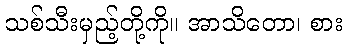
သစ်သီးမှည့်တို့ကို။ အာသိတော၊ စား